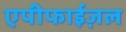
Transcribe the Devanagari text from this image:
एपीफाईज़ल